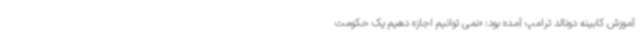
آموزش کابینه دونالد ترامپ آمده بود: «نمی توانیم اجازه دهیم یک حکومت